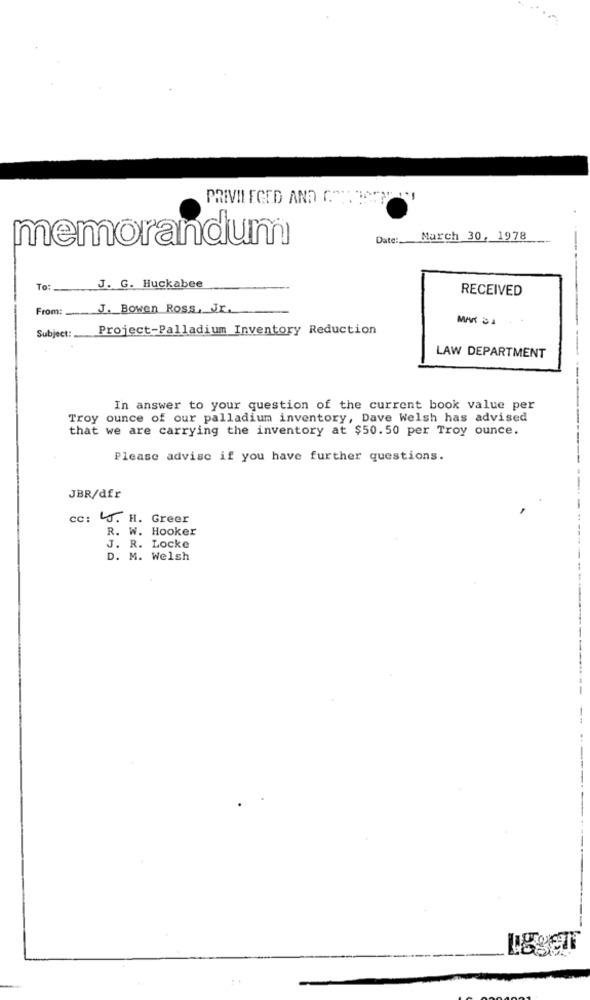
PRIVILEGED AND GEBASTELT
memorandum
Date: March 30, 1978
To:
J. G. Huckabee
RECEIVED
From:
J. Bowen Ross, Jr.
MAR SA
Project-Palladium Inventory Reduction
Subject:
LAW DEPARTMENT
In answer to your question of the current book value per
Troy ounce of our palladium inventory, Dave Welsh has advised
that we are carrying the inventory at $50.50 per Troy ounce.
Please advise if you have further questions.
JBR/dfr
cc: J. H. Greer
R. W. Hooker
J. R. Locke
D. M. Welsh